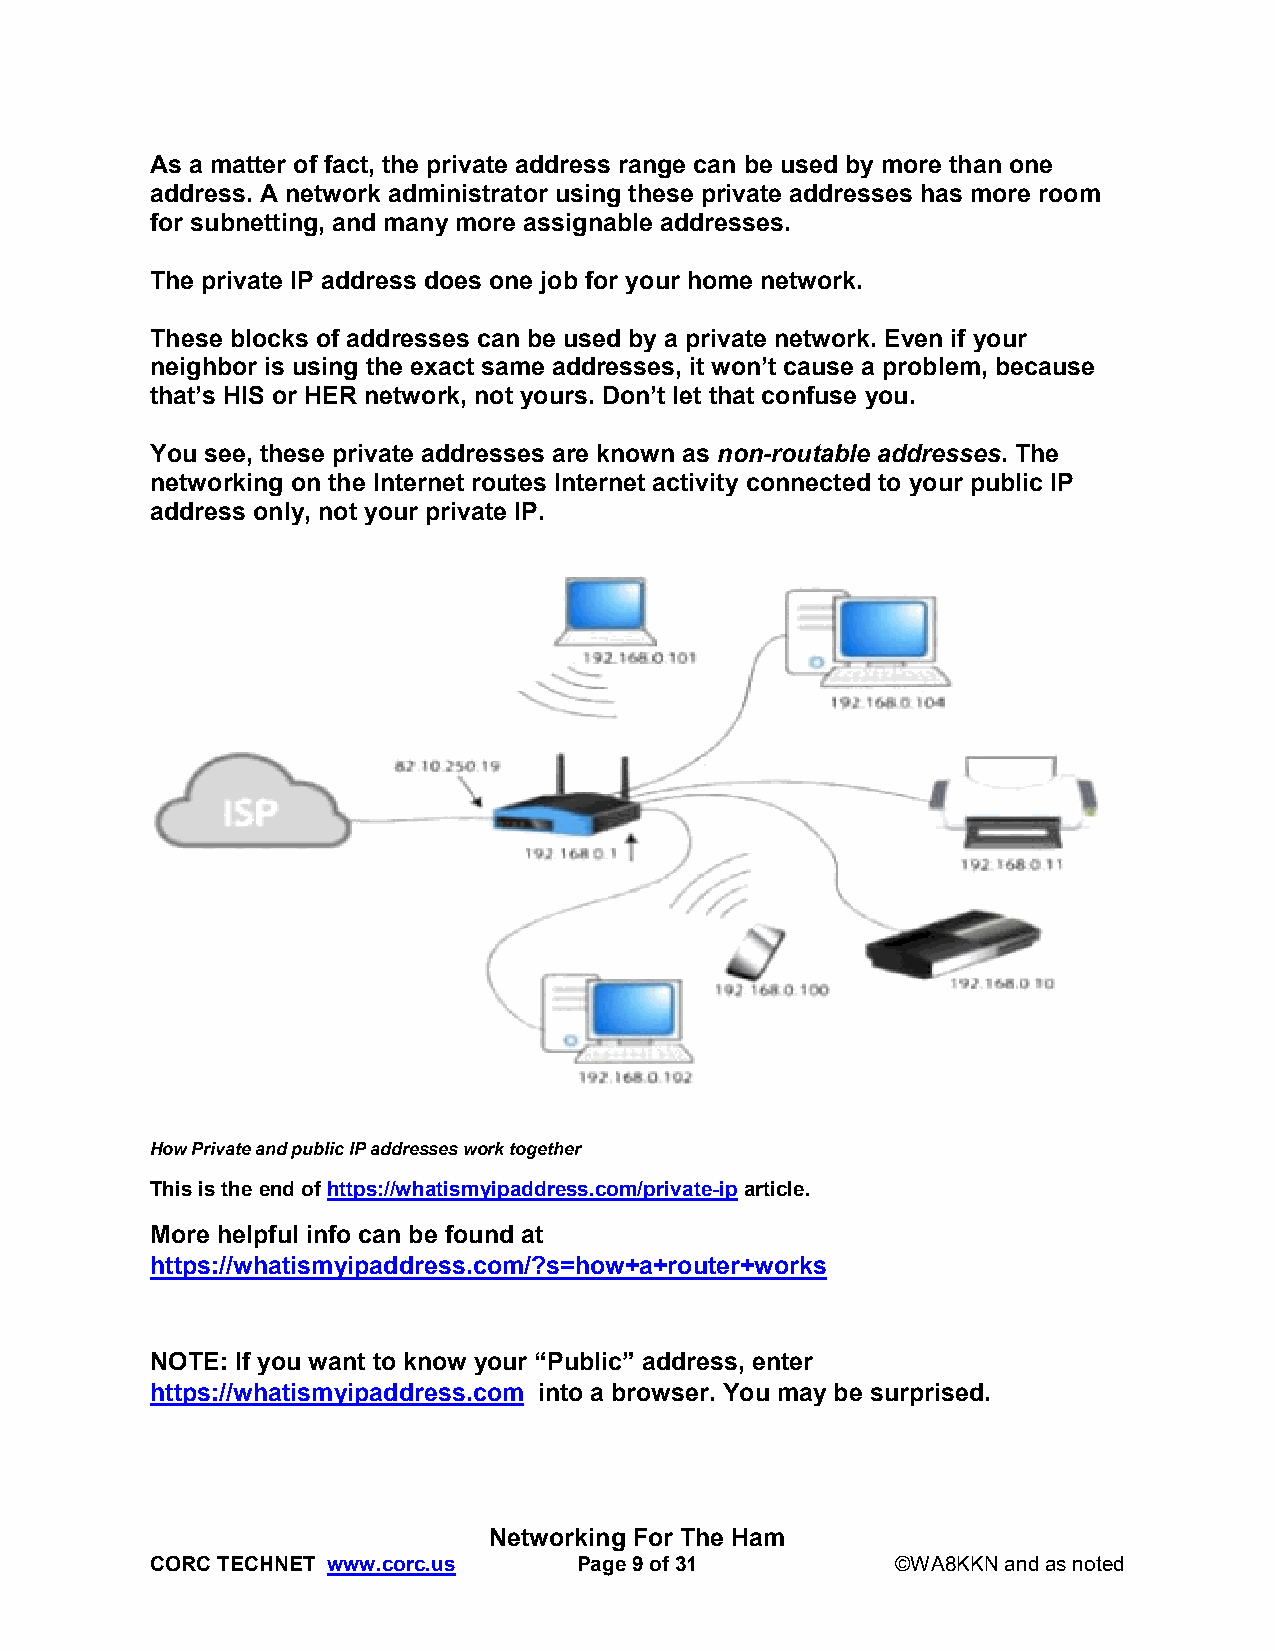
As a matter of fact, the private address range can be used by more than one
 address. A network administrator using these private addresses has more room
 for subnetting, and many more assignable addresses.
 The private IP address does one job for your home network.
 These blocks of addresses can be used by a private network. Even if your
 neighbor is using the exact same addresses, it won’t cause a problem, because
 that’s HIS or HER network, not yours. Don’t let that confuse you.
 You see, these private addresses are known as non-routable addresses. The
 networking on the Internet routes Internet activity connected to your public IP
 address only, not your private IP.
 How Private and public IP addresses work together
 This is the end of https://whatismyipaddress.com/private-ip article.
 More helpful info can be found at
 https://whatismyipaddress.com/?s=how+a+router+works
 NOTE: If you want to know your “Public” address, enter
 https://whatismyipaddress.com into a browser. You may be surprised.
 Networking For The Ham
 CORC TECHNET www.corc.us    Page 9 of 31         ©WA8KKN and as noted